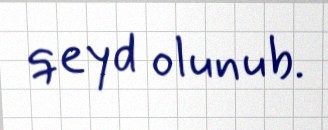
qeyd olunub.